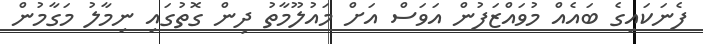
ފެނަކައިގެ ބައެއް މުވައްޒަފުން އަވަސް އަށް މައުލޫމާތު ދިން ގޮތުގައި ނިމާލު މަގާމުން